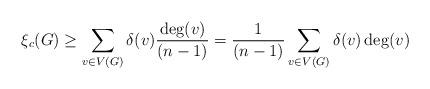
LaTeX: \begin{align*}{\xi _c}(G) \ge \sum\limits_{v \in V(G)} {\delta (v)\frac{\deg(v)}{(n -1)}} = \frac{1}{(n - 1)}\sum\limits_{v \in V(G)} {\delta (v)\deg (v)}\end{align*}